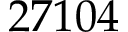
2 7 1 0 4